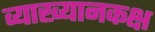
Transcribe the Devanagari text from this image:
व्याख्यानकक्ष